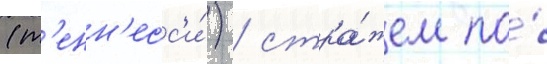
(т'енн'есс'и́) / стра́жем по́